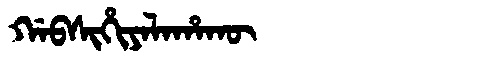
Manchu: ᡤᠠᠪᠰᡳᡥᡳᠶᠠᠯᠠᡥᠠᡴᡡ
Romanization: GABSIHIYALAHAKŪ